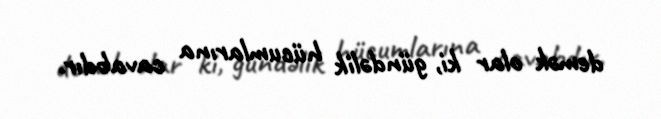
demək olar ki, gündəlik hücumlarına cavabdır.